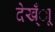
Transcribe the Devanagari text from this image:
देख्ँाू